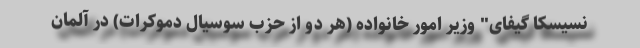
نسیسکا گیفای" وزیر امور خانواده (هر دو از حزب سوسیال دموکرات) در آلمان